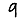
Digit: 9